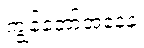
ကျွန်တော့်အနေနဲ့